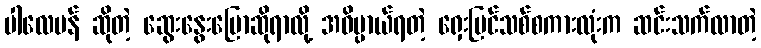
ပါလေမန် ဆိုတဲ့ ဆွေးနွေးပြောဆိုရာလို့ အဓိပ္ပာယ်ရတဲ့ ရှေးပြင်သစ်စကားလုံးက ဆင်းသက်လာတဲ့